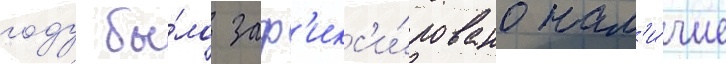
году бы́ло заф'икс'и́ровано нал'и́чие